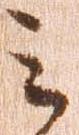
ミ